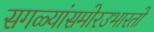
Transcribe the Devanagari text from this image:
सगळ्यांसमोरउभारतो